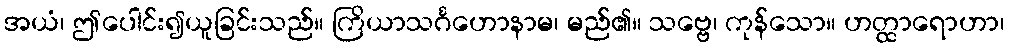
အယံ၊ ဤပေါင်း၍ယူခြင်းသည်။ ကြိယာသင်္ဂဟောနာမ၊ မည်၏။ သဗ္ဗေ၊ ကုန်သော။ ဟတ္ထာရောဟာ၊